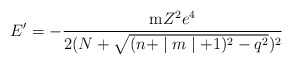
\begin{align*}E^{\prime }=-\frac{{\rm m}Z^2e^4}{2(N+\sqrt{(n+\mid m\mid+1)^2-q^2})^2}\end{align*}